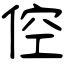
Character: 倥